Report of the Bombay Plague Committee
Disease focus: Plague
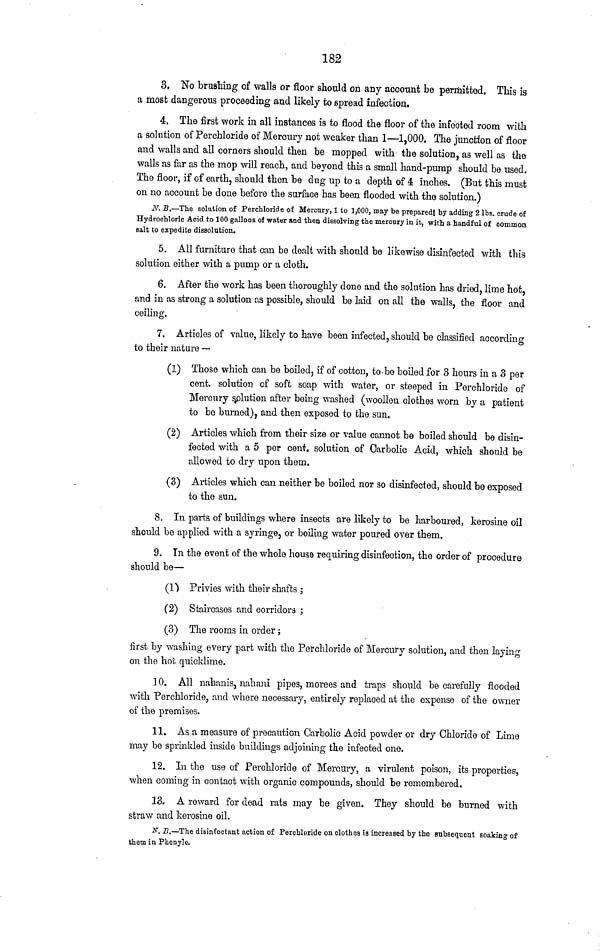
182
3. No brushing of walls or floor should on any account be permitted. This is
a most dangerous proceeding and likely to spread infection.
4. The first work in all instances is to flood the floor of the infected room with
a solution of Perchloride of Mercury not weaker than 1—1,000. The junction of floor
and walls and all corners should then be mopped with the solution, as well as the
walls as far as the mop will reach, and beyond this a small hand-pump should be used.
The floor, if of earth, should then be dug up to a depth of 4t inches. (But this must
on no account be done before the surface has been flooded with the solution.)
N. B.—The solution of Perchloride of Mercury, 1 to 1,000, may be prepared! by adding 2 Ibs. crude of
Hydrochloric Acid to 100 gallons of water and then dissolving the mercury in it, with a handful of common
salt to expedite dissolution.
5. All furniture that can be dealt with should be likewise disinfected with this
solution either with a pump or a cloth.
6. After the work has been thoroughly done and the solution has dried, lime hot,
and in as strong a solution as possible, should be laid on all the walls, the floor and
ceiling,
7. Articles of value, likely to have been infected, should be classified according
to their nature —
(1) Those which can be boiled, if of cotton, to-be boiled for 3 hours in a 3 per
cent, solution of soft soap with water, or steeped in Perchloride of
Mercury solution after being washed (woollen clothes worn by a patient
to be burned), and then exposed to the sun.
(2) Articles which from their size or value cannot be boiled should be disin-
fected with a 5 per cent, solution of Carbolic Acid, which should be
allowed to dry upon them.
(3) Articles which can neither be boiled nor so disinfected, should be exposed
to the sun.
8. In parts of buildings where insects are likely to be harboured, kerosine oil
should be applied with a syringe, or boiling water poured over them.
9. In the event of the whole house requiring disinfection, the order of procedure
should be—
(1) Privies with their shafts ;
(2) Staircases and corridors ;
(3) The rooms in order;
first by washing every part with the Perchloride of Mercury solution, and then laying
on the hot quicklime.
10. All nahanis, nahani pipes, morees and traps should be carefully flooded
with Perchloride, and where necessary, entirely replaced at the expense of the owner
of the premises.
11. As a measure of precaution Carbolic Acid powder or dry Chloride of Lime
may be sprinkled inside buildings adjoining the infected one.
12. In the use of Perchloride of Mercury, a virulent poison, its properties,
when coming in contact with organic compounds, should be remembered.
13. A reward for dead rats may be given. They should be burned with
straw and kerosine oil.
N. I?.—-The disinfectant action of Perchloride on clothes is increased by the subsequent soaking of
thorn in Phenyle.